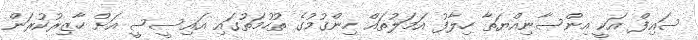
ސައިފް އަކީ އިންސާނިއްޔަތާ ހިލާފު އަމަލުތައް ހިންގުމުގެ ތުހުމަތުގައި އައިސީސީ އަށް ހާޒިރުކުރަން